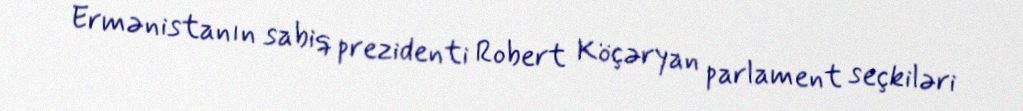
Ermənistanın sabiq prezidenti Robert Köçəryan parlament seçkiləri